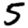
Digit: 5